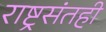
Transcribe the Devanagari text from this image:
राष्ट्रसंतही